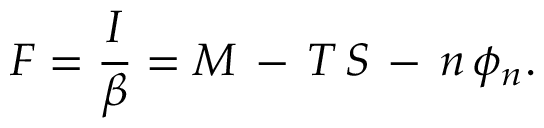
F = \frac { I } { \beta } = M \, - \, T \, S \, - \, n \, \phi _ { n } .